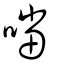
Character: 噹